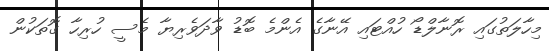
މިހާލަތުގައި ރޮނާލްޑޯ ހުއްޓައި އޭނާގެ އެންމެ ބޮޑު ވާދަވެރިޔާ މެސީ ހުރިހާ ގޮތަކުން